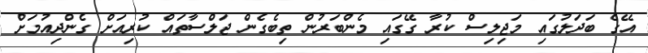
އޭގެ ބަދަލުގައި މަޖިލިސް ކުރާ ގޭގައި މެންބަރުން ތިބެގެން ޖަލްސާތައް ކުރިއަށް ގެންދިއުމަށް